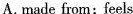
A. made from; feels